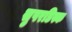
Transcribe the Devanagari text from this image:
सुपरडिस्क